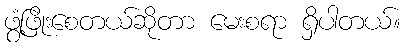
ဖွံ့ဖြိုးစေတယ်ဆိုတာ မေးစရာ ရှိပါတယ်။